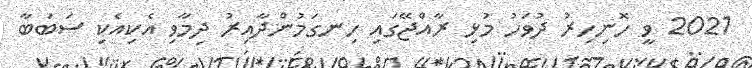
2021 ވީ ހޮނިހިރު ދުވަހު މުޅި ރާއްޖޭގައި ހިނގަމުންދާއިރު ދިމާވި އެކިއެކި ސަބަބާ